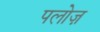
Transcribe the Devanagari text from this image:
पलोज़